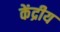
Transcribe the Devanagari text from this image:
केंद्रीय